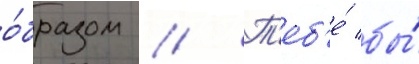
о́бразом // Т'еб'е́ бы́